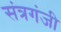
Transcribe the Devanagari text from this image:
संत्रगंजी